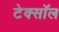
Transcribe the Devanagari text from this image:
टेक्सॉल